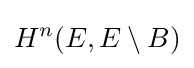
H^{n}(E,E\setminus B)